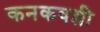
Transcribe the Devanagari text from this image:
कनकवल्ली